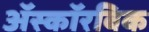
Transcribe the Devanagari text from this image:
अॅस्कॉरबिक